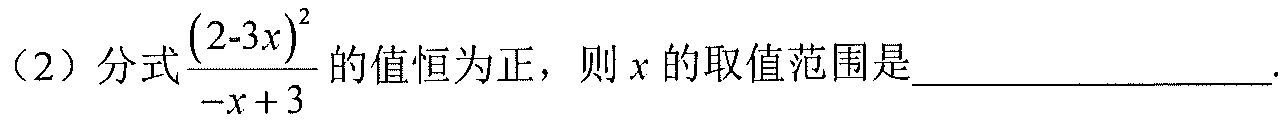
（2）分式\(\dfrac{(2 - 3x)^{2}}{-x + 3}\)的值恒为正，则\(x\)的取值范围是  .